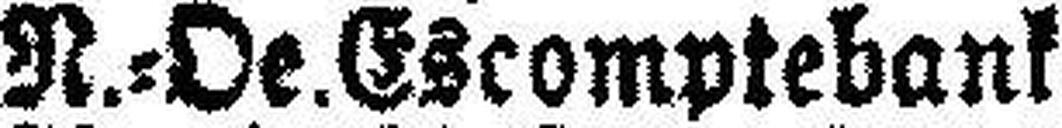
N.=Oe. Escomptebank